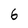
Character: 6